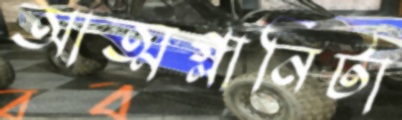
আত্মগ্লানিটা